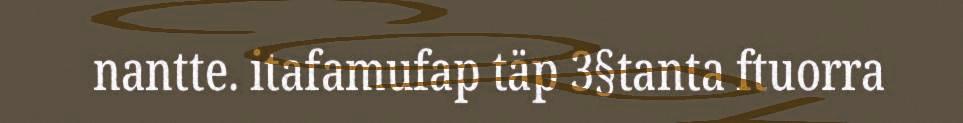
nantte. itafamufap täp 3§tanta ftuorra